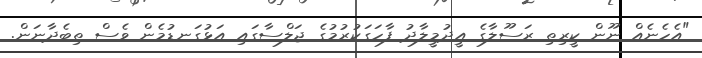
"އެހެނެއް ނޫން ކީރިތި ރަސޫލާގެ އީދުމީލާދު ފާހަގަކުރުމުގެ ޖަލްސާގައި އަޅުގަނޑުމެން ވެސް ތިބެދާނަން.